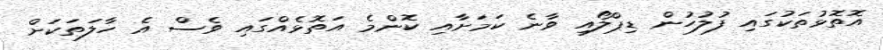
އޮތޮޅުތަކުގައި ފުލުހުން ޑިޕްލޯއި ވާނެ ކަމަށާއި ކޮންމެ އަތޮޅެއްގައި ވެސް އެ ހާލަތަކަށް